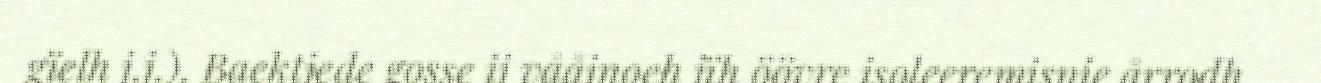
gïelh j.j.). Baektjede gosse ij vååjnoeh jïh öövre isoleeremisnie årrodh.